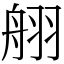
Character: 䎇